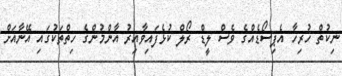
ނިކުތް ހުރިހާ އެޕިސޯޑެއްގެ ވެސް ލީޑް ރޯލް ކުޅެފައިވާއިރު އާންމުންގެ ހިތްތަކުގައި އޭނާއަށް